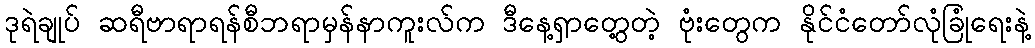
ဒုရဲချုပ် ဆရီဗာရာရန်စီဘရာမှန်နာကူးလ်က ဒီနေ့ရှာတွေ့တဲ့ ဗုံးတွေက နိုင်ငံတော်လုံခြုံရေးနဲ့